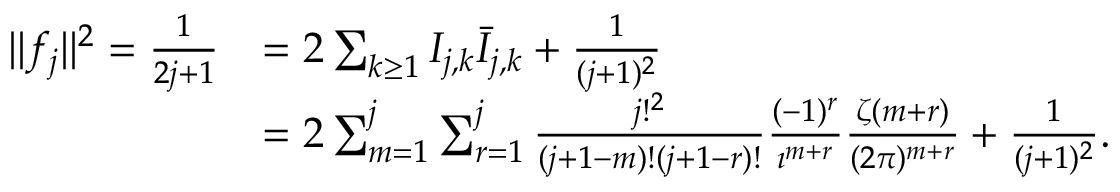
{ \begin{array} { r l } { \| f _ { j } \| ^ { 2 } = { \frac { 1 } { 2 j + 1 } } } & { = 2 \sum _ { k \geq 1 } I _ { j , k } { \bar { I } } _ { j , k } + { \frac { 1 } { ( j + 1 ) ^ { 2 } } } } \\ & { = 2 \sum _ { m = 1 } ^ { j } \sum _ { r = 1 } ^ { j } { \frac { j ! ^ { 2 } } { ( j + 1 - m ) ! ( j + 1 - r ) ! } } { \frac { ( - 1 ) ^ { r } } { \imath ^ { m + r } } } { \frac { \zeta ( m + r ) } { ( 2 \pi ) ^ { m + r } } } + { \frac { 1 } { ( j + 1 ) ^ { 2 } } } . } \end{array} }